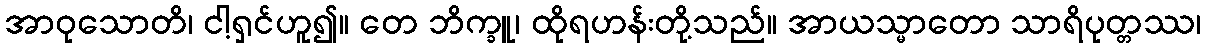
အာဝုသောတိ၊ ငါ့ရှင်ဟူ၍။ တေ ဘိက္ခူ၊ ထိုရဟန်းတို့သည်။ အာယသ္မာတော သာရိပုတ္တဿ၊